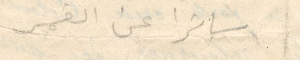
ساترا عن العمر